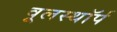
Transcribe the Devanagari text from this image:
वूलस्थॉर्प